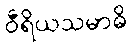
ဝီရိယသမာဓိ